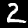
Digit: 2